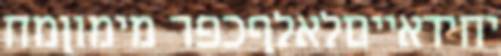
יחידאייםלאלףכפר מימוןמח